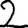
Digit: 2